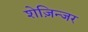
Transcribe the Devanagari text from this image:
शेज़िन्जर